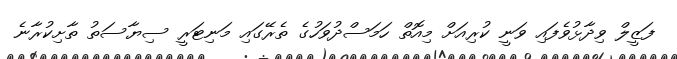
ފަޒީލް ވިދާޅުވެފައި ވަނީ ކުރިއަށް މިއޮތް ހަމަސްދުވަހުގެ ތެރޭގައި މަނިޓަރީ ސިޔާސަތު ތާށިކުރާނެ